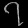
Digit: ၇